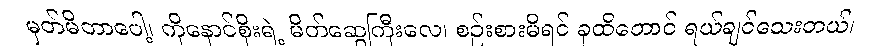
မှတ်မိတာပေါ့၊ ကိုနောင်စိုးရဲ့ မိတ်ဆွေကြီးလေ၊ စဉ်းစားမိရင် ခုထိတောင် ရယ်ချင်သေးတယ်၊